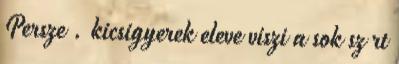
Persze . kicsigyerek eleve viszi a sok sz rt